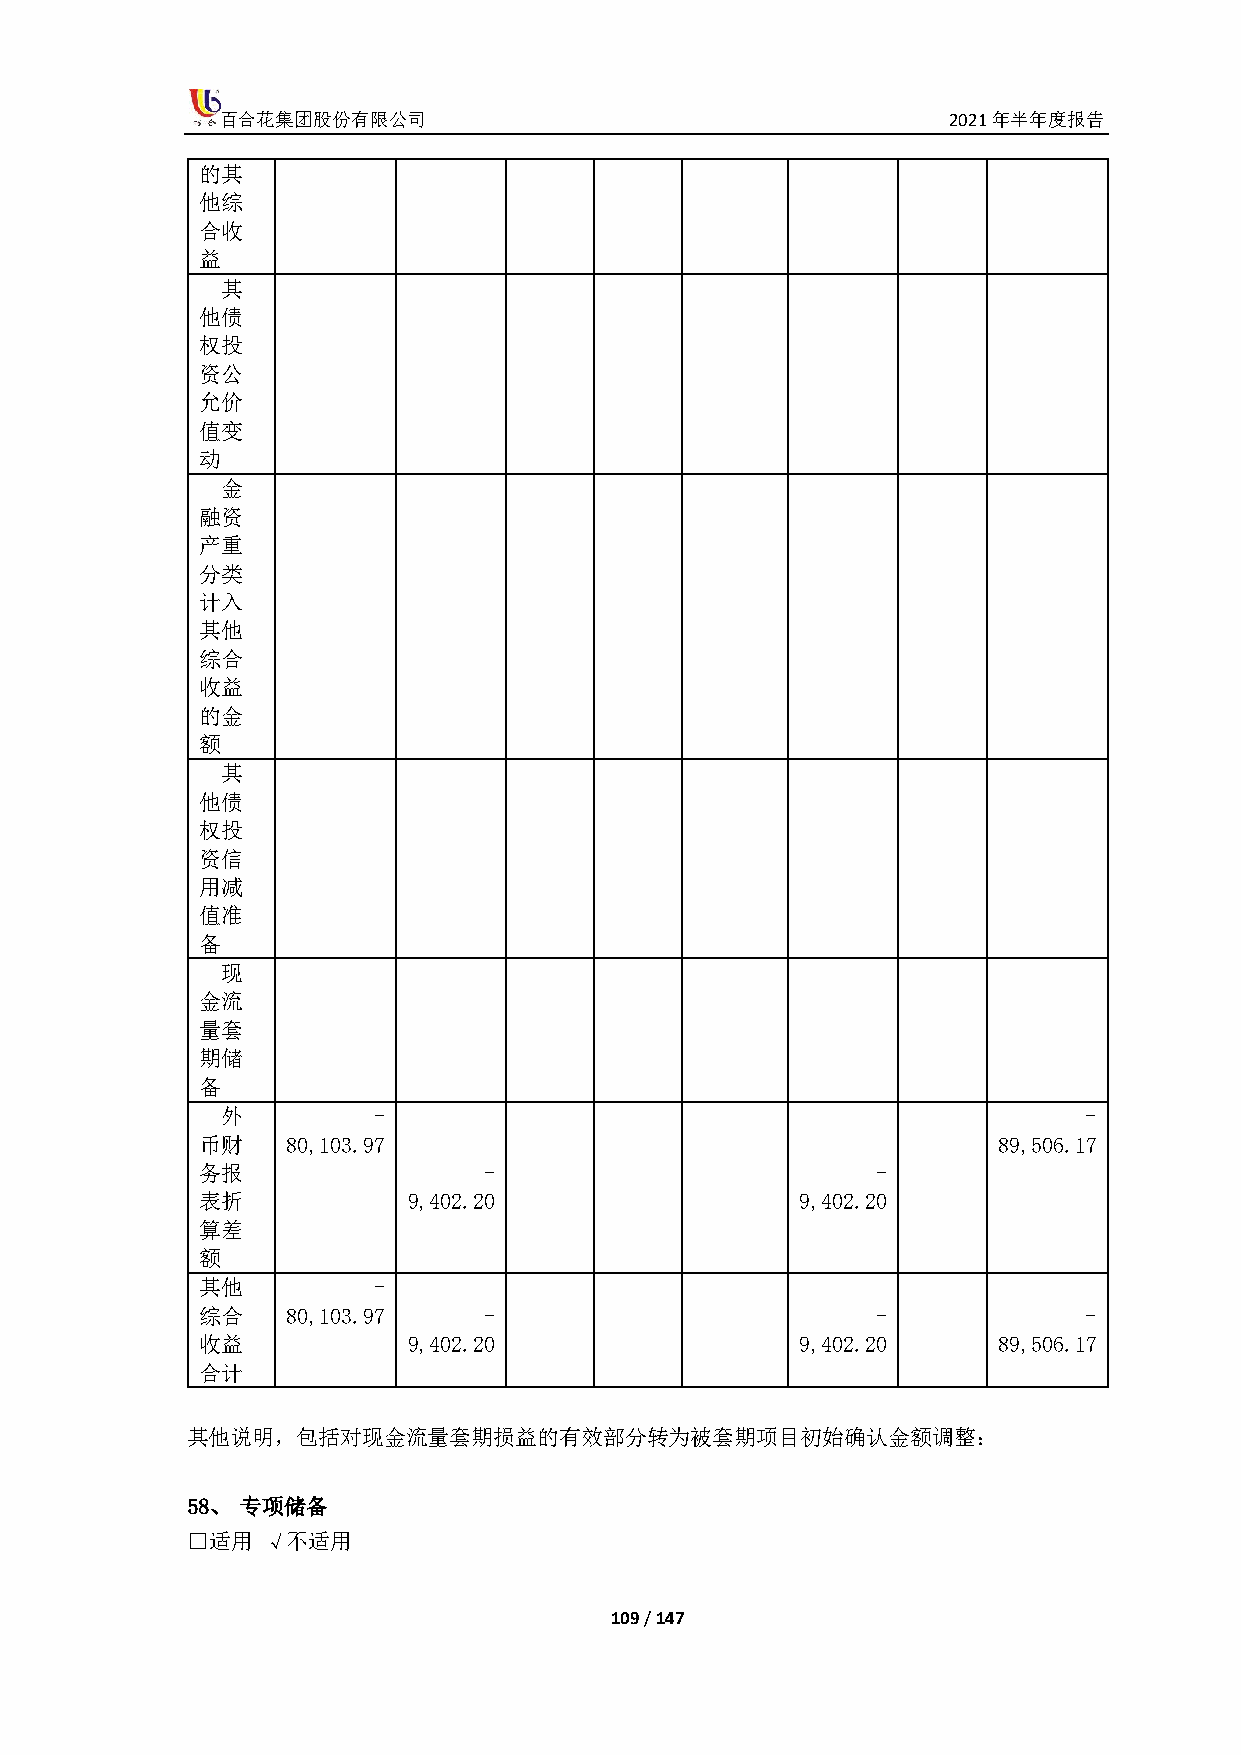
百合花集团股份有限公司                                     2021年半年度报告
 的其
 他综
 合收
 益
 其
 他债
 权投
 资公
 允价
 值变
 动
 金
 融资
 产重
 分类
 计入
 其他
 综合
 收益
 的金
 额
 其
 他债
 权投
 资信
 用减
 值准
 备
 现
 金流
 量套
 期储
 备
 外         -                                              -
 币财    80,103.97                                      89,506.17
 务报                 -                         -
 表折            9,402.20                  9,402.20
 算差
 额
 其他          -
 综合    80,103.97    -                         -             -
 收益            9,402.20                  9,402.20     89,506.17
 合计
 其他说明，包括对现金流量套期损益的有效部分转为被套期项目初始确认金额调整：
 58、 专项储备
 □适用  √不适用
 109 / 147